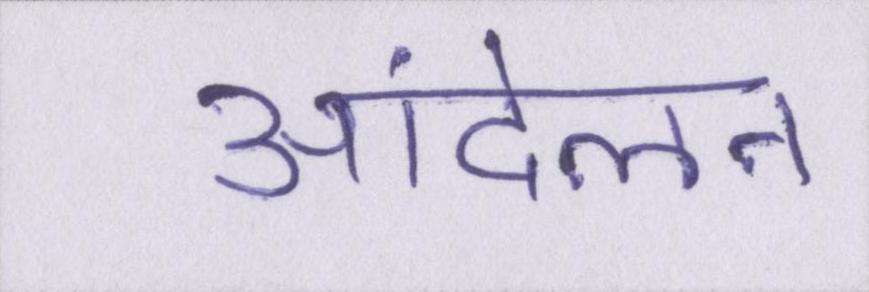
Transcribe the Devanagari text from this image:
आंदेलन